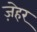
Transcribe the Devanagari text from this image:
ज़ेहर